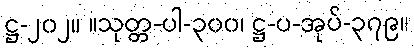
ဋ္ဌ-၂၀၂။ ။သုတ္တ-ပါ-၃၀၀၊ ဋ္ဌ-ပ-အုပ်-၃၇၉။